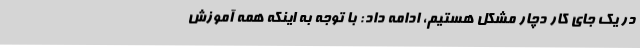
در یک جای کار دچار مشکل هستیم، ادامه داد: با توجه به اینکه همه آموزش